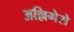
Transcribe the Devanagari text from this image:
अल्लिगेरो